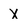
Character: X